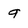
Character: 9